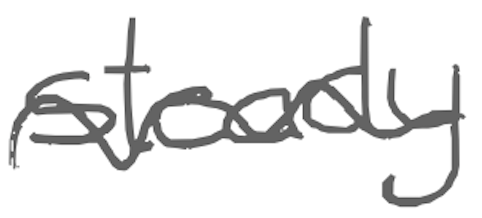
Text: steady
Cross-out: mix
Writing tool: digital_gray